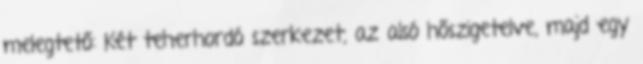
melegtető: Két teherhordó szerkezet, az alsó hőszigetelve, majd egy